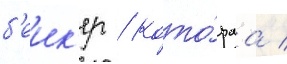
б'еик'ер / кото́раа /